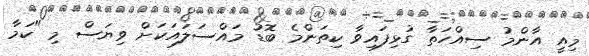
މިއީ އާންމު ސިއްހަތާ ގުޅިފައިވާ ކިތަންމެ ބޮޑު މައްސަލައަކަށް ވިޔަސް މި "ކަމާ